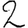
Digit: 2